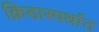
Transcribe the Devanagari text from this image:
क्रिडास्पर्धात